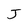
Character: J